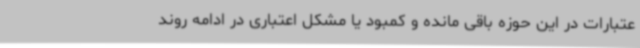
عتبارات در این حوزه باقی مانده و کمبود یا مشکل اعتباری در ادامه روند